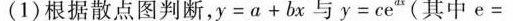
(1)根据散点图判断，y=a+bx与y=ce_{dx}(其中e=